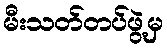
မီးသတ်တပ်ဖွဲ့မှ